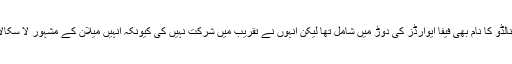
اٹلی کے فٹ بال کلب یوونٹس کے فارورڈ کرسٹیانورونالڈو کا نام بھی فیفا ایوارڈز کی دوڑ میں شامل تھا لیکن انہوں نے تقریب میں شرکت نہیں کی کیونکہ انہیں میلان کے مشہور لا سکالا اوپرا ہاؤس میں حریف کے ہاتھوں شکست ہوئی تھی۔